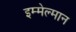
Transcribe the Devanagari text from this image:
इम्मेल्मान